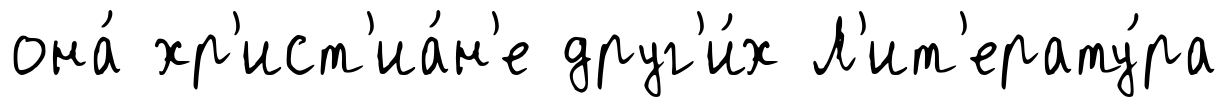
она́ хр'ист'иа́н'е друг'и́х Л'ит'ерату́ра